Report by Surgeon-Captain Childe, I.M.S. - Part II
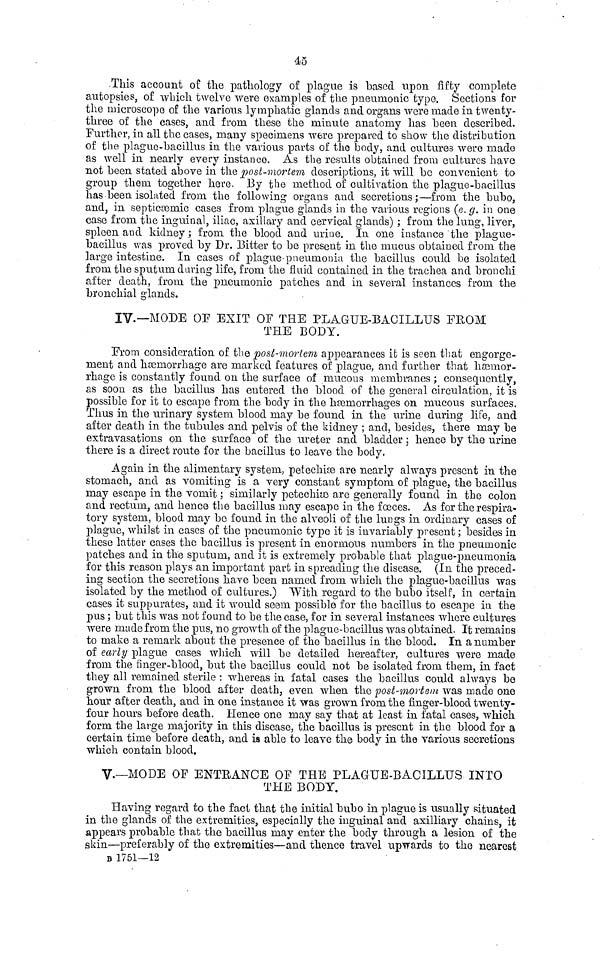
45
This account of the pathology of plague is based upon fifty complete
autopsies, of which twelve were examples of the pneumonic type. Sections for
the microscope of the various lymphatic glands and organs were made in twenty-
three of the cases, and from these the minute anatomy has been described.
Further, in all the cases, many specimens were prepared to show the distribution
of the plague-bacillus in the various parts of the body, and cultures were made
as well in nearly every instance. As the results obtained from cultures have
not been stated above in the post-mortem descriptions, it will be convenient to
group them together here. By the method of cultivation the plague-bacillus
has been isolated from the following organs and secretions;—from the bubo,
and, in septicæmic cases from plague glands in the various regions (e. g. in one
case from the inguinal, iliac, axillary and cervical glands) ; from the lung, liver,
spleen and kidney; from the blood and urine. In one instance the plague-
bacillus was proved by Dr. Bitter to be present in the mucus obtained from the
large intestine. In cases of plague-pneumonia the bacillus could be isolated
from the sputum daring life, from the fluid contained in the trachea and bronchi
after death, from the pneumonic patches and in several instances from the
bronchial glands.
IV.—MODE OF EXIT OF THE PLAGUE-BACILLUS FROM
THE BODY.
From consideration of the post-mortem appearances it is seen that engorge-
ment and haemorrhage are marked features of plague, and further that hæmor-
rhage is constantly found on the surface of mucous membranes ; consequently,
as soon as the bacillus has entered the blood of the general circulation, it is
possible for it to escape from the body in the hæmorrhages on mucous surfaces.
Thus in the urinary system blood may be found in the urine during life, and
after death in the tubules and pelvis of the kidney ; and, besides, there may be
extravasations on the surface of the ureter and bladder ; hence by the urine
there is a direct route for the bacillus to leave the body.
Again in the alimentary system, petechiæ are nearly always present in the
stomach, and as vomiting is a very constant symptom of plague, the bacillus
may escape in the vomit ; similarly peteohiæ are generally found in the colon
and rectum, and hence the bacillus may escape in the fæces. As for the respira-
tory system, blood may be found in the alveoli of the lungs in ordinary cases of
plague, whilst in cases of the pneumonic type it is invariably present ; besides in
these latter cases the bacillus is present in enormous numbers in the pneumonic
patches and in the sputum, and it is extremely probable that plague-pneumonia
for this reason plays an important part in spreading the disease. (In the preced-
ing section the secretions have been named from which the plague-bacillus was
isolated by the method of cultures.) With regard to the bubo itself, in certain
cases it suppurates, and it would seem possible for the bacillus to escape in the
pus ; but this was not found to be the case, for in several instances where cultures
were made from the pus, no growth of the plague-bacillus was obtained. It remains
to make a remark about the presence of the bacillus in the blood. In a number
of early plague cases which will be detailed hereafter, cultures were made
from the finger-blood, but the bacillus could not be isolated from them, in fact
they all remained sterile : whereas in fatal cases the bacillus could always be
grown from the blood after death, even when the post-mortem was made one
hour after death, and in one instance it was grown from the finger-blood twenty-
four hours before death. Hence one may say that at least in fatal cases, which
form the large majority in this disease, the bacillus is present in the blood for a
certain time before death, and is able to leave the body in the various secretions
which contain blood.
V.—MODE OF ENTRANCE OF THE PLAGUE-BACILLUS INTO
THE BODY.
Having regard to the fact that the initial bubo in plague is usually situated
in the glands of the extremities, especially the inguinal and axilliary chains, it
appears probable that the bacillus may enter the body through a lesion of the
skin—preferably of the extremities—and thence travel upwards to the nearest
B 1751—12